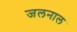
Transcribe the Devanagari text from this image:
जलनाल